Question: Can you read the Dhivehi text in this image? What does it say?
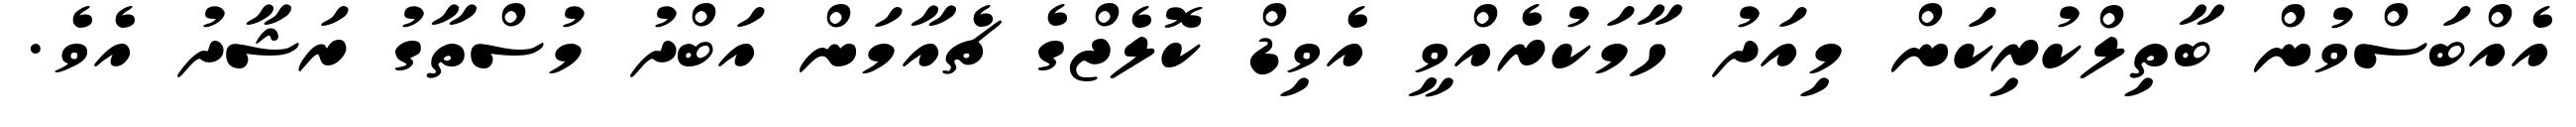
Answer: އެއްބަސްވުން ބާތިލްކުރިކަން މިއަދު ހާމަކުރެއްވީ އެވިޑް ކޮލެޖްގެ ޗެއާމަން އަބްދު މުސްތާގު ރަޝާދު އެވެ.